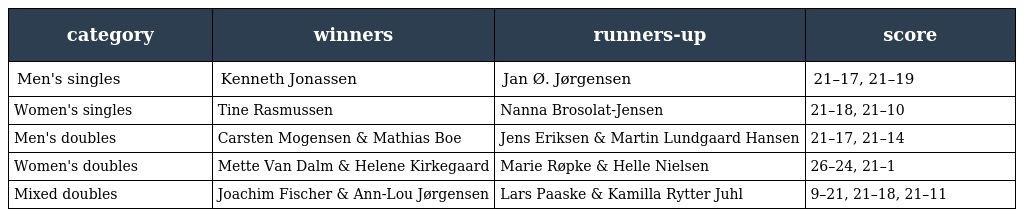
| category | winners | runners-up | score |
 | --- | --- | --- | --- |
 | Men's singles | Kenneth Jonassen | Jan Ø. Jørgensen | 21–17, 21–19 |
 | Women's singles | Tine Rasmussen | Nanna Brosolat-Jensen | 21–18, 21–10 |
 | Men's doubles | Carsten Mogensen & Mathias Boe | Jens Eriksen & Martin Lundgaard Hansen | 21–17, 21–14 |
 | Women's doubles | Mette Van Dalm & Helene Kirkegaard | Marie Røpke & Helle Nielsen | 26–24, 21–1 |
 | Mixed doubles | Joachim Fischer & Ann-Lou Jørgensen | Lars Paaske & Kamilla Rytter Juhl | 9–21, 21–18, 21–11 |